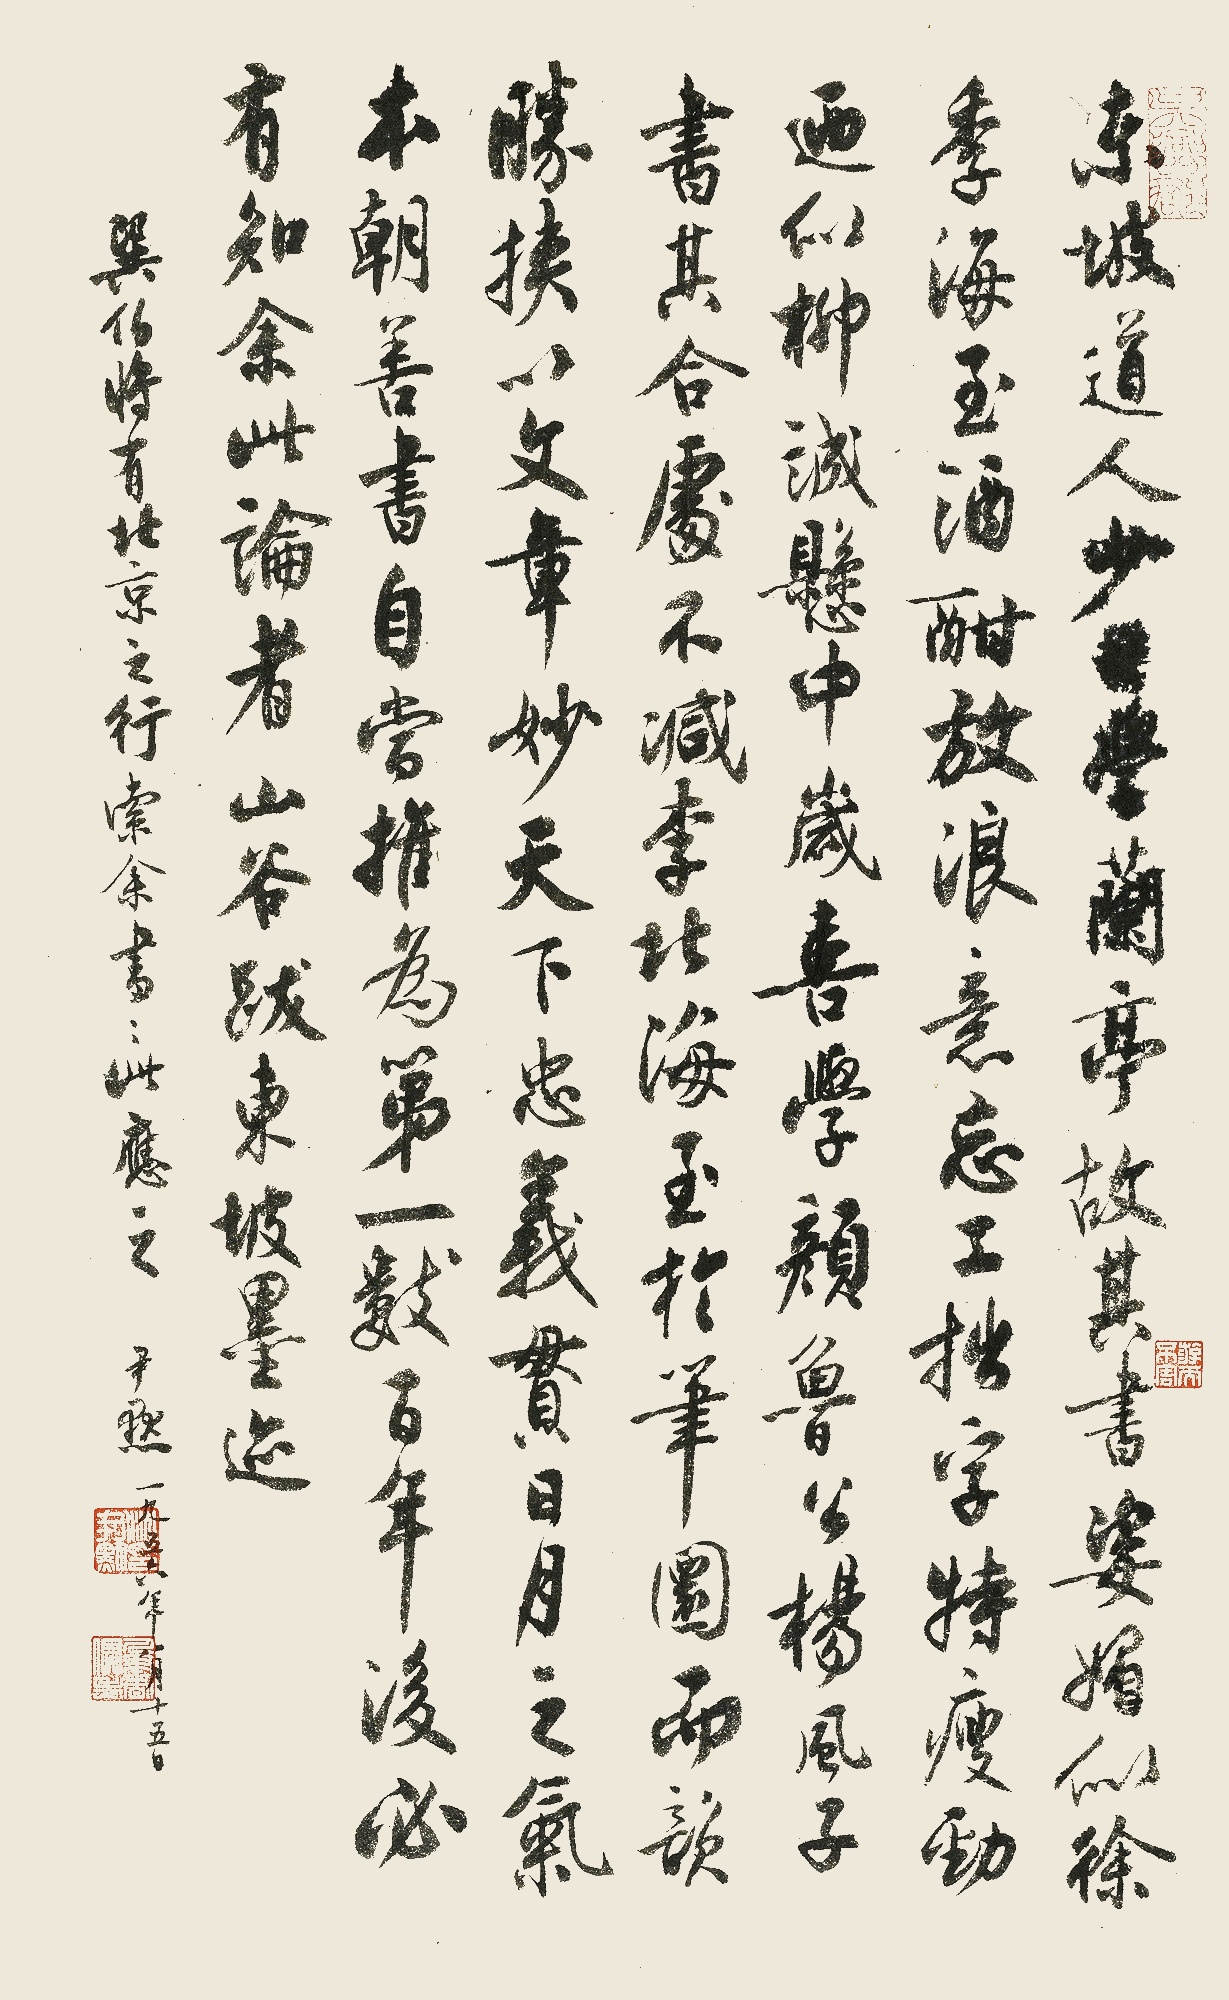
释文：东坡道人少日学兰亭，故其书姿媚似徐季海。至酒酣放浪，意忘工拙，字特瘦劲乃似柳诚悬。中岁喜学颜鲁公、杨风子书，其合处不减李北海。至于笔圜而韵胜，挟以文章妙天下，忠义贯日月之气，本朝善书自当推为第一。数百年后必有知余此论者。山谷跋东坡墨迹。巽伯将有北京之行索余书，书此应之。尹默，一九五六年八月十五日。